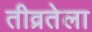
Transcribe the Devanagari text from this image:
तीव्रतेला